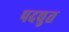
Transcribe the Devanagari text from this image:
पदचुत